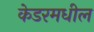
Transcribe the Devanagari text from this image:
केडरमधील